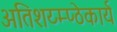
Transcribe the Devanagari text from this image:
अतिशय्म्प्ठेकार्य